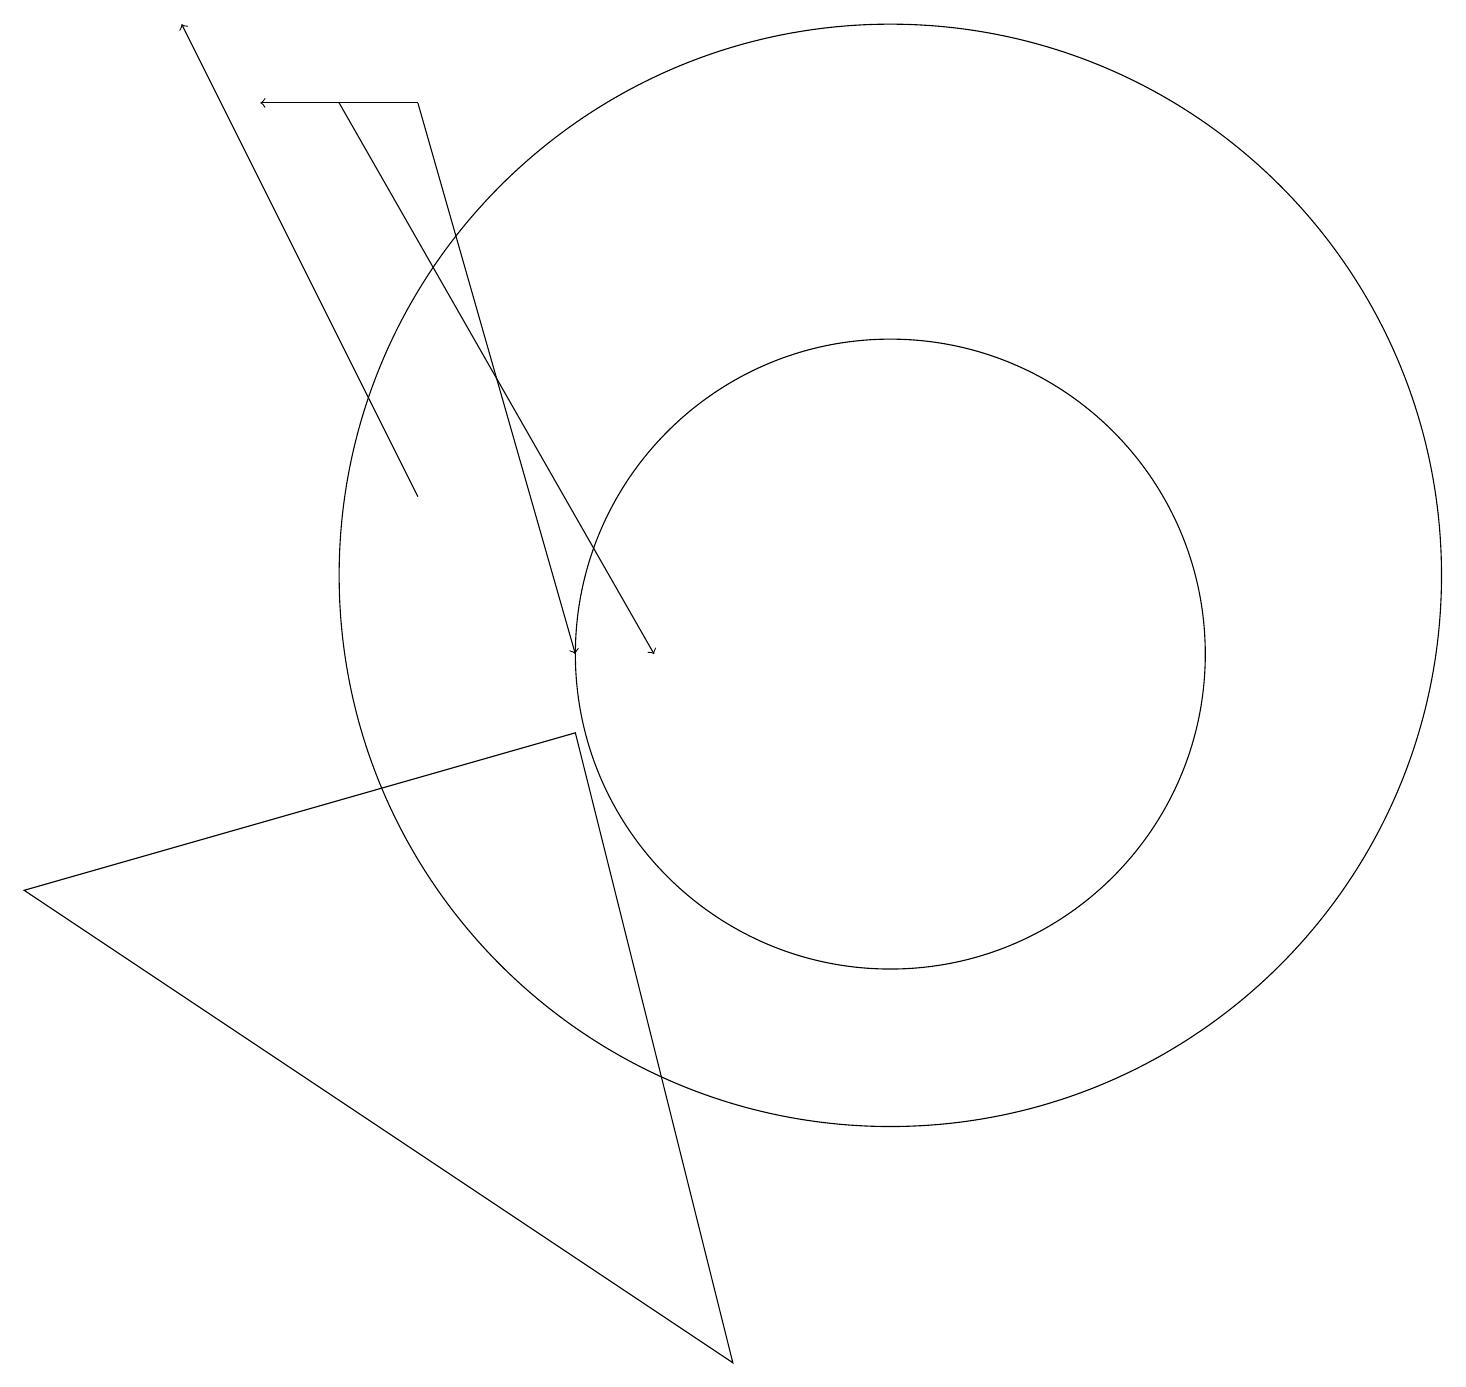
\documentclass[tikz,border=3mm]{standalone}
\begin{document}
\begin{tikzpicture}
\draw (11,11) circle (7);
\draw (11,10) circle (4);
\draw (9,1) -- (7,9) -- (0,7) -- cycle;
\draw[->] (4,17) -- (8,10);
\draw[->] (5,17) -- (7,10);
\draw[->] (5,12) -- (2,18);
\draw[->] (5,17) -- (3,17);
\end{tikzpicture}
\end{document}